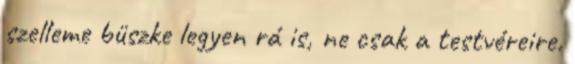
szelleme büszke legyen rá is, ne csak a testvéreire.